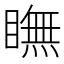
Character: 瞴